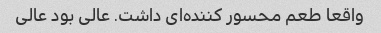
واقعا طعم محسور کننده‌ای داشت. عالی بود عالی